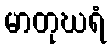
မာတုဃရံ